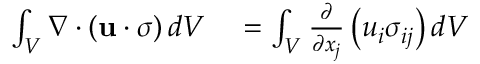
\begin{array} { r l } { \int _ { V } \nabla \cdot \left( \mathbf { u } \cdot { \boldsymbol { \sigma } } \right) d V } & { { } = \int _ { V } { \frac { \partial } { \partial x _ { j } } } \left( u _ { i } \sigma _ { i j } \right) d V } \end{array}